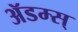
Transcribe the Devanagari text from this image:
ॲडम्स्